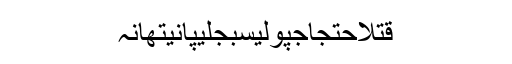
قتلاحتجاجپولیسبجلیپانیتھانہ